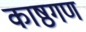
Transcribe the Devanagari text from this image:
काष्ठगण